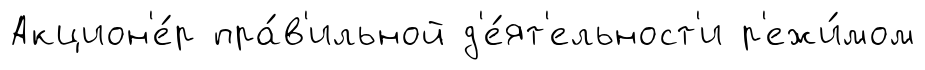
Акцион'е́р пра́в'ильной д'е́ят'ельност'и р'ежи́мом